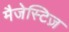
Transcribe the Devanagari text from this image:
मैजेस्टिज़